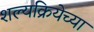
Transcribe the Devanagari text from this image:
शल्यक्रियेच्या